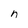
Character: n